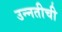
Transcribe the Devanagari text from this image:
उन्‍नतीची